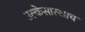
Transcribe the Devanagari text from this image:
उल्केसारखाच